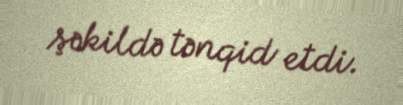
şəkildə tənqid etdi.